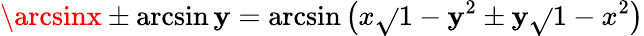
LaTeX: \arcsinx\pm\arcsin\mathbf{y}=\arcsin\left(x{\sqrt{}{{1-\mathbf{y}^{2}}}}\pm\mathbf{y}{\sqrt{}{{1-x^{2}}}}\right)